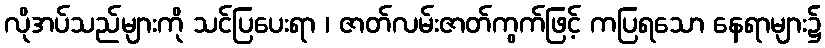
လိုအပ်သည်များကို သင်ပြပေးရာ ၊ ဇာတ်လမ်းဇာတ်ကွက်ဖြင့် ကပြရသော နေရာများ၌